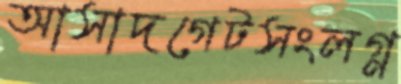
আসাদগেটসংলগ্ন